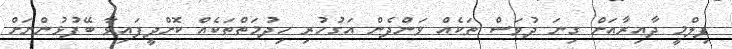
ފިލްމީ ދާއިރާއަށް ގިނަ ދުވަސް ތަކެއް ވަންދެން އަގުހުރި ހިދުމަތްތަކެއް ކޮށްދީފައިވާ ބޭފުޅުންނަށް